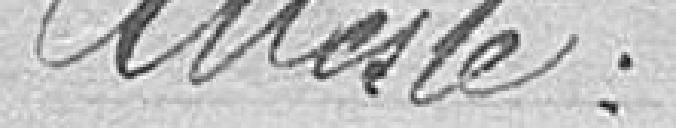
Atteste :